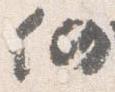
仍